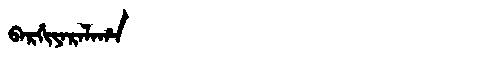
Manchu: ᠪᠠᡵᡤᡳᠶᠠᡵᠠᠯᠠᡥᠠ
Romanization: BARGIYARALAHA